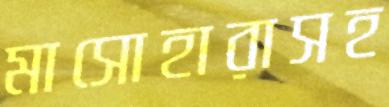
মাসোহারাসহ